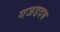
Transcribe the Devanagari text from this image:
गजडदब